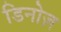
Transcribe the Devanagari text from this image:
डिनोज़